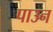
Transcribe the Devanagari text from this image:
पाउन